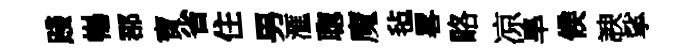
踐暢郡寶省住男滙聦魔毡畧略凉旱候諛挲